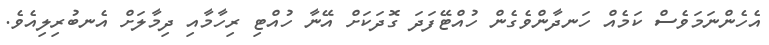
އެހެންނަމަވެސް ކަމެއް ހަނދާންވެގެން ހުއްޓޭފަދަ ގޮދަކަށް އޭނާ ހުއްޓި ރިހާމާއި ދިމާލަށް އެނބުރިލިއެވެ.